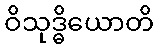
ဝိသုဒ္ဓိယောတိ